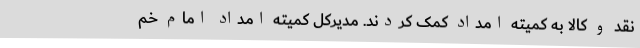
نقد و کالا به کمیته امداد کمک کردند. مدیرکل ‌کمیته ‌امداد امام خم